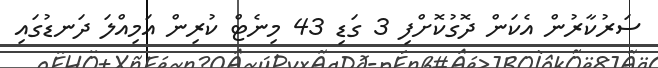
ސަރުކާރުން އެކަން ދޮގުކޮށްފި 3 ގަޑި 43 މިނެޓް ކުރިން އަމިއްލަ ދަނޑުގައި